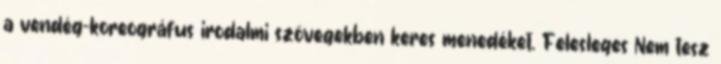
a vendég-koreográfus irodalmi szövegekben keres menedéket. Felesleges Nem tesz